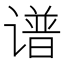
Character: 谱